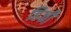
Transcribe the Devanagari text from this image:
हिज्री़